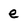
Character: e